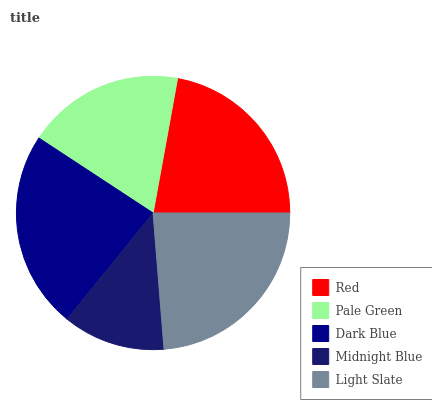
| Red | Pale Green | Dark Blue | Midnight Blue | Light Slate |
 | --- | --- | --- | --- | --- |
 | 22.1% | 18.6% | 23.4% | 12.1% | 23.7% |